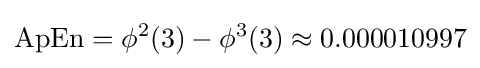
\mathrm {ApEn} =\phi ^{2}(3)-\phi ^{3}(3)\approx 0.000010997